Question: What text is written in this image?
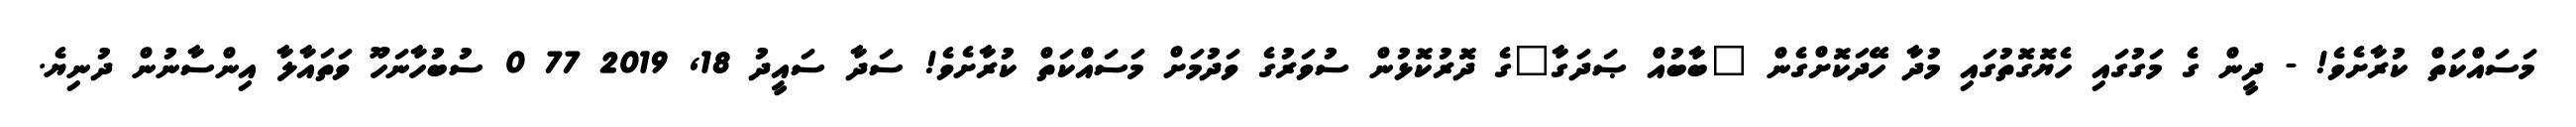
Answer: މަސައްކަތް ކުރާށެވެ! - ދީން ގެ މަގުގައި ހެޔޮގޮތުގައި މުދާ ހޭދަކޮށްގެން "ބާބުއް ޞަދަގާ"ގެ ދޮރުކޮޅުން ސުވަރުގެ ވަދުމަށް މަސައްކަތް ކުރާށެވެ! ސަދާ ސައީދު 18, 2019 77 0 ސުބުހާނަހޫ ވަތައާލާ އިންސާނުން ދުނިޔެ.